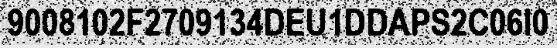
9008102F2709134DEU1DDAPS2C06I0